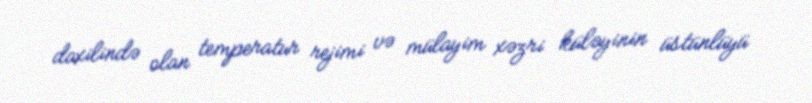
daxilində olan temperatur rejimi və mülayim xəzri küləyinin üstünlüyü